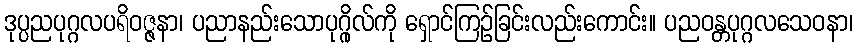
ဒုပ္ပညပုဂ္ဂလပရိဝဇ္ဇနာ၊ ပညာနည်းသောပုဂ္ဂိုလ်ကို ရှောင်ကြဉ်ခြင်းလည်းကောင်း။ ပညဝန္တပုဂ္ဂလသေဝနာ၊